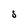
Character: S